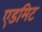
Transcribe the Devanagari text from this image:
एडमिट